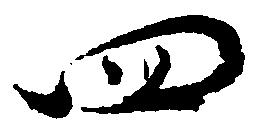
四